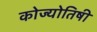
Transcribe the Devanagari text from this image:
कोज्योतिषी